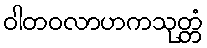
ဝါတဝလာဟကသုတ္တံ